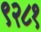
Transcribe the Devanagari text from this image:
९२८१